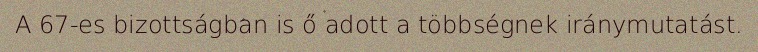
A 67-es bizottságban is ő adott a többségnek iránymutatást.